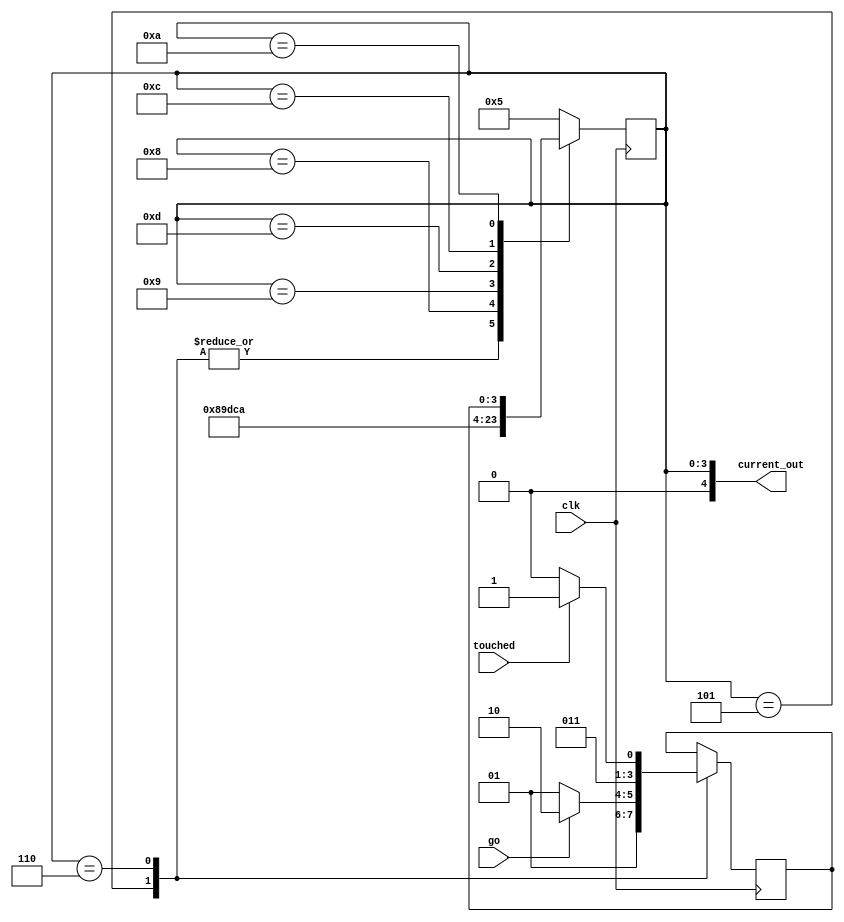
module control_wall(go, touched, clk, current_out);
    input go;
    input touched;
    input clk;
    output [4:0] current_out;
    
    localparam W_READY = 5'b00101, W_MOVE = 5'b00110, W_STOP = 5'b00111, W_DRAW = 5'b01000, W_DEL = 5'b01001, W_UPDATE = 5'b01010, W_DRAW_B = 5'b01101, W_DEL_B = 5'b01100;
    reg [3:0] afterDraw, current;
    reg [19:0]counter = 20'b00000000000000000000;
    // state table for wall
    always@(posedge clk)
    begin: state_table
        case(current)
            W_READY: begin
                afterDraw = go ? W_MOVE : W_READY; // move until the go is high
                current = W_DRAW;
            end
            W_MOVE : begin 
                afterDraw = touched ? W_STOP : W_MOVE; // stop if it's touched
                current = W_DRAW;
            end
            W_STOP: begin
					current = W_READY;
            end
				//W_DRAW: current = W_DRAW_B;
				W_DRAW: current = W_DEL;
            W_DEL: current = W_DRAW_B;
				W_DRAW_B: current = W_DEL_B;
				W_DEL_B: current = W_UPDATE;
				W_UPDATE: current =  afterDraw;
            default current = W_READY;
        endcase
    end
	 
	 /*
	 RateDivider rd4(
		.d(28'b000000000000000000001000000),
		.r(28'b000000000000000000000000010),
		.clock(clk),
		.Clear_b(reset),
		.ParLoad(start),
		.Enable(1'b1),
		.pulse(pulse2)
	);*/
	 
	 assign current_out = current;
    
    /*
    //enable signals
    always@(*)
        begin: enable_signals
            start = 1'b0;
            move = 1'b0;
            case(current)
                W_READY: start = 1'b1;
                W_MOVE: move = 1'b1;
            endcase
        end*/
    /*
    //state register
    always@(posedge clk)
    begin: state_FFS
        if (!resetn)
            current <= W_READY;
        else
            current <= next;
    end*/
endmodule

/*
module control_wall(go, touched, clk, finished_draw,  current_out, progress);
    input go;
    input touched;
    input clk;
	 input finished_draw;
    output [3:0] current_out;
	 output progress;
    
    localparam W_READY = 4'b0101, W_MOVE = 4'b0110, W_STOP = 4'b0111, W_DRAW = 4'b1000, W_DEL = 4'b1001, W_UPDATE = 4'b1010;
    reg [3:0] afterDraw, current;
	 reg finished;
    
    // state table for wall
    always@(posedge clk)
    begin: state_table
        case(current)
            W_READY: begin
					finished <= 1'b0;
                afterDraw = go ? W_MOVE : W_READY; // move until the go is high
                current = W_DRAW;
					 finished <=1'b1;
            end
            W_MOVE : begin 
					finished <= 1'b0;
                afterDraw = touched ? W_STOP : W_MOVE; // stop if it's touched
                current = W_DRAW;
					 finished <=1'b1;
            end
            W_STOP: begin
					finished <= 1'b0;
					if (touched)begin
						current = W_READY;
						finished <=1'b1;
					end
            end
				W_DRAW: begin
				current = W_DEL;
				end
            W_DEL: begin
				current = W_UPDATE;
				end
				W_UPDATE: begin
				finished <=1'b0;
				current =  afterDraw;
				finished <=1'b1;
				end
            default current = W_READY;
        endcase
    end
	 assign progress = current == W_DRAW || current == W_DEL ? finished_draw : 
						 finished; //DEFAULT
	 
	 assign current_out = current;
    

endmodule
*/